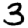
Digit: 3